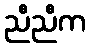
ညီညီက